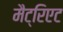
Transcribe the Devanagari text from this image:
मैट्रिएट